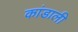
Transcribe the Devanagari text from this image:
कांडाली